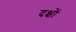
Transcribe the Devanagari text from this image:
दक्षों